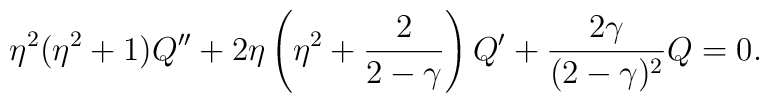
\eta^2(\eta^2+1)Q''+2\eta\left(\eta^2+{2\over{2-\gamma}}\right)Q'+{{2\gamma}\over{(2-\gamma)^2}}Q=0.